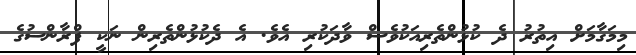
މިމަގާމަށް އިތުރު ދެ ކުޅުންތެރިއަކުވެސް ވާދަކުރި އެވެ. އެ ދެކުޅުންތެރިން ނަކީ ފްރާންސުގެ